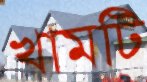
খামটি